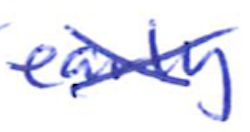
Text: early
Cross-out: cross
Writing tool: ballpoint